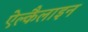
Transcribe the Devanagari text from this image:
ऐल्कैलाइन